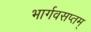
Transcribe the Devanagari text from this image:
भार्गवसप्तम्